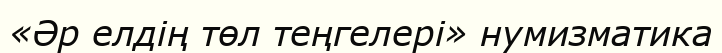
«Әр елдің төл теңгелері» нумизматика